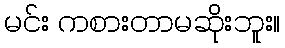
မင်း ကစားတာမဆိုးဘူး။